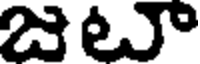
జటూ